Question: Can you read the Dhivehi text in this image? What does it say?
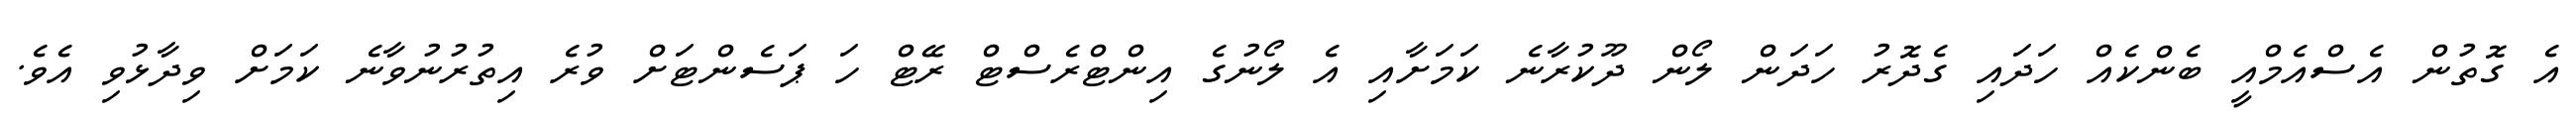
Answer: އެ ގޮތުން އެސްއެމްއީ ބެންކެއް ހަދައި ގެދޮރު ހަދަން ލޯން ދޫކުރާނެ ކަމަށާއި އެ ލޯނުގެ އިންޓްރެސްޓް ރޭޓް ހަ ޕަސެންޓަށް ވުރެ އިތުރުނުވާނެ ކަމަށް ވިދާޅުވި އެވެ.